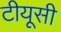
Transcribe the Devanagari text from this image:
टीयूसी